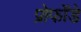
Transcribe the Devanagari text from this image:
प्रोफोंडे